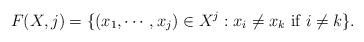
LaTeX: \begin{align*}F(X,j)= \{(x_1,\cdots ,x_j)\in X^j:x_i\not= x_k\mbox{ if }i\not=k\}.\end{align*}